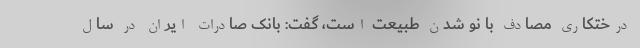
درختکاری مصادف با نو شدن طبیعت است، گفت: بانک صادرات ایران در سال